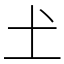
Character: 𡈽